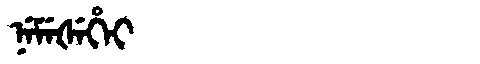
Manchu: ᠨᡝᠮᡝᡧᡝᡥᡝᡳ
Romanization: NEMEŠEHEI